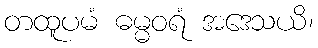
တထူပမံ ဓမ္မဝရံ အဒေသယိ၊